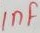
Text: 1nF